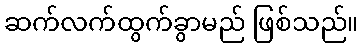
ဆက်လက်ထွက်ခွာမည် ဖြစ်သည်။